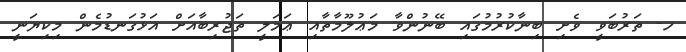
ހ- ތަރުބަވީ ވެށި ބިނާކުރުމުގައި ބޭނުންވާ މަޢުލޫމާތާއި ޢަމަލީ ތަޖުރިބާއަށް އަޅުގަނޑުމެން މިކިޔަނީ